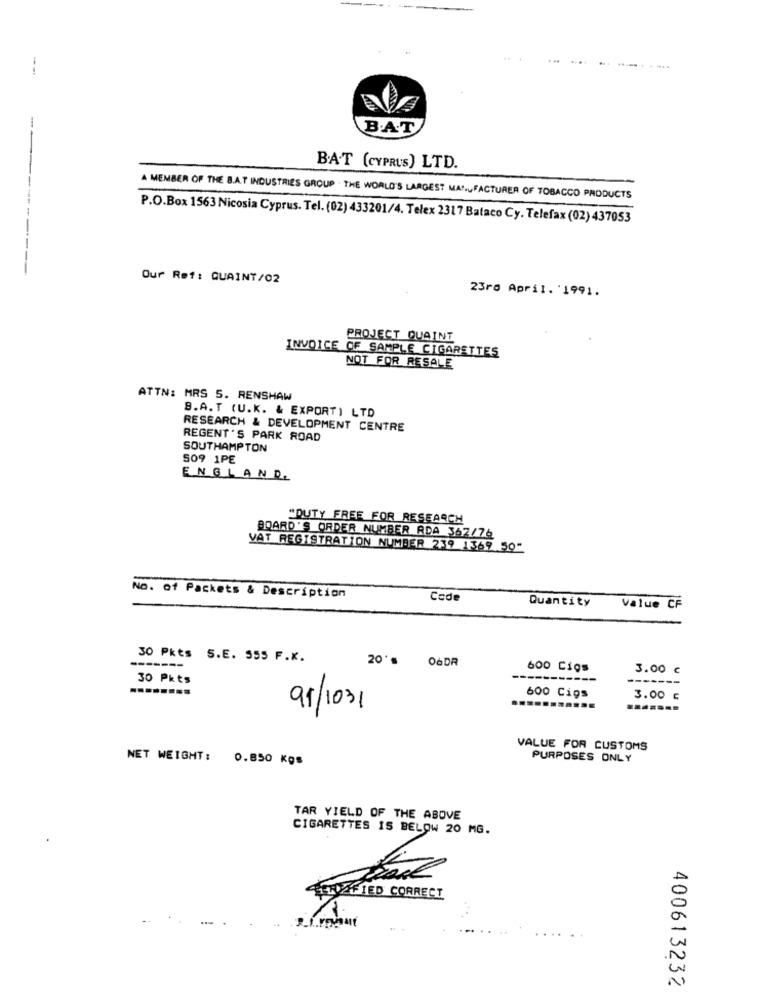
...........
B.A.T
BAT (CYPRUS) LTD.
---
A MEMBER OF THE BAT INDUSTRIES GROUP . THE WORLD'S LARGEST MANUFACTURER OF TOBACCO PRODUCTS
P.O.Box 1563 Nicosia Cyprus. Tel.(02) 433201/4. Telex 2317 Bataco Cy. Telefax (02) 437053
-----
Our Ref: QUAINT/02
23rd April. '1991.
PROJECT QUAINT
INVOICE OF SAMPLE CIGARETTES
NOT FOR RESALE
ATTN: MRS 5. RENSHAW
9.A. T (U.K. & EXPORT) LTD
RESEARCH & DEVELOPMENT CENTRE
REGENT'S PARK ROAD
SOUTHAMPTON
509 1PE
ENGLAND.
"DUTY FREE FOR RESEARCH
BOARD'S ORDER NUMBER ADA 362/76
VAT REGISTRATION NUMBER 239 1369.50
No. of Packets & Description
Cede
Quantity
Value CF
30 Pkts S.E. 555 F.K.
O6DR
-------
20's
600 Cios
3.00 €
30 Pkts
---
600 Cigs
3.00 E
91/1031
.......
VALUE FOR CUSTOMS
NET WEIGHT: 0.850 KOS
PURPOSES ONLY
TAR YIELD OF THE ABOVE
CIGARETTES IS BELOW 20 MG.
D
LOTFIED CORRECT
Prevent
-
400613232